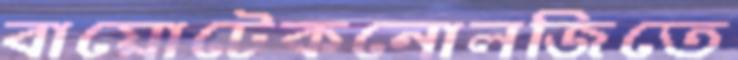
বায়োটেকনোলজিতে